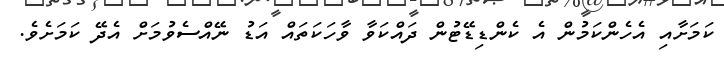
ކަމަށާއި އެހެންކަމުން އެ ކެންޑިޑޭޓުން ދައްކަވާ ވާހަކަތައް އަޑު ނޭއްސެވުމަށް އެދޭ ކަމަށެވެ.